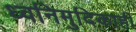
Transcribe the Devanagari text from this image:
ध्वनिमुदिकाही